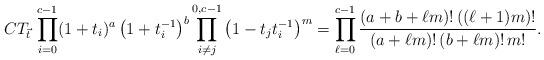
LaTeX: \begin{align*}CT_{\vec{t}}\,\prod_{i=0}^{c-1}(1+t_i)^a\left(1+t_i^{-1}\right)^b\prod_{ i\neq j}^{0,c-1}\left(1-t_jt_i^{-1}\right)^m =\prod_{\ell=0}^{c-1}\frac{(a+b+\ell m)!\,((\ell+1)m)!}{(a+\ell m)!\,(b+\ell m)!\, m!}.\end{align*}